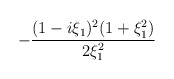
\begin{align*}-{(1-i\xi_1)^2(1+\xi_1^2)\over{2\xi_1^2}}\end{align*}